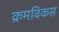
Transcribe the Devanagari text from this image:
क्रमविकस